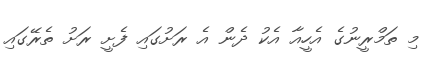
މި ތަމްރީނުގެ އެހީއާ އެކު ދެން އެ ރަށުގައި ފެށީ ރަށު ތެރޭގައި